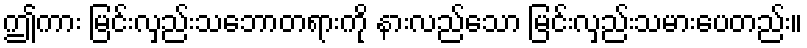
ဤကား မြင်းလှည်းသဘောတရားကို နားလည်သော မြင်းလှည်းသမားပေတည်း။